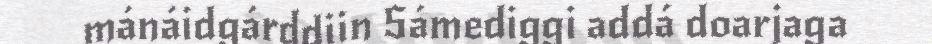
mánáidgárddiin Sámediggi addá doarjaga